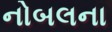
નોબલના